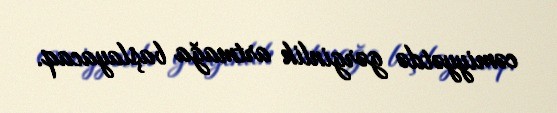
cəmiyyətdə gərginlik artmağa başlayacaq.